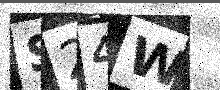
Text: S24W